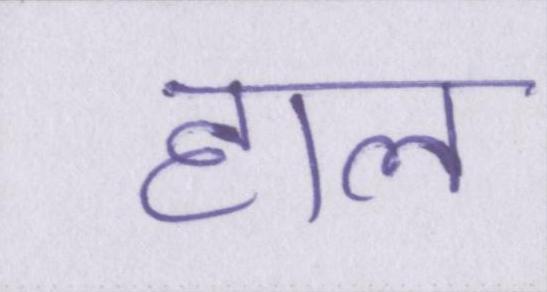
हाल